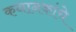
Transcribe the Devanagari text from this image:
कथानकांचे